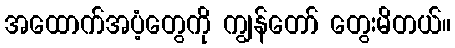
အထောက်အပံ့တွေကို ကျွန်တော် တွေးမိတယ်။